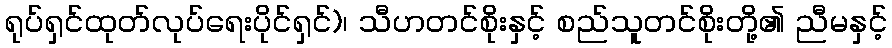
ရုပ်ရှင်ထုတ်လုပ်ရေးပိုင်ရှင်)၊ သီဟတင်စိုးနှင့် စည်သူတင်စိုးတို့၏ ညီမနှင့်